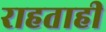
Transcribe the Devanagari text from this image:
राहताही